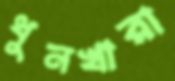
ধুনখারা